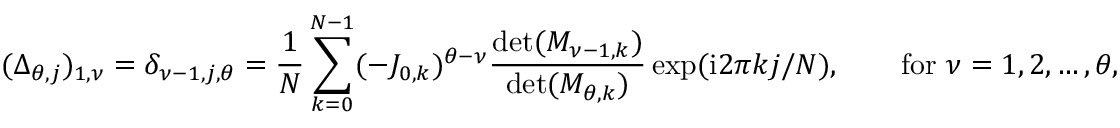
( \Delta _ { \theta , j } ) _ { 1 , \nu } = \delta _ { \nu - 1 , j , \theta } = \frac { 1 } { N } \sum _ { k = 0 } ^ { N - 1 } ( - J _ { 0 , k } ) ^ { \theta - \nu } \frac { \operatorname* { d e t } ( M _ { \nu - 1 , k } ) } { \operatorname* { d e t } ( M _ { \theta , k } ) } \exp ( \mathrm { i } 2 \pi k j / N ) , \qquad \mathrm { f o r ~ } \nu = 1 , 2 , \ldots , \theta ,